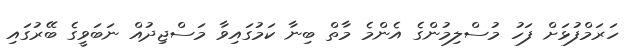
ހަރަމްފުޅަށް ފަހު މުސްލިމުންގެ އެންމެ މާތް ބިނާ ކަމުގައިވާ މަސްޖިދުއް ނަބަވީގެ ބޭރުގައި